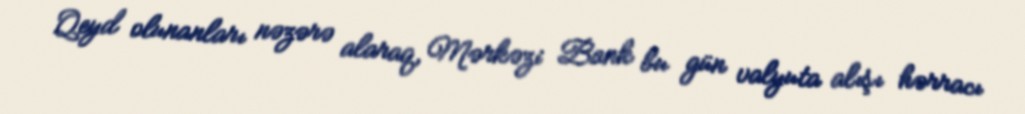
Qeyd olunanları nəzərə alaraq, Mərkəzi Bank bu gün valyuta alışı hərracı